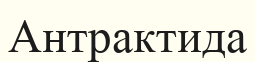
Антрактида